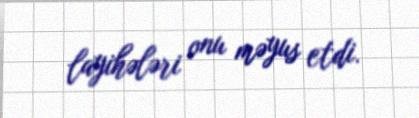
layihələri onu məyus etdi.